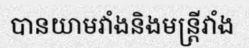
បានយាមវាំងនិងមន្ត្រីវាំង